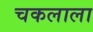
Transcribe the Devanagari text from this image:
चकलाला